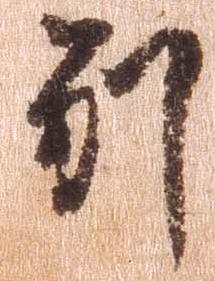
別